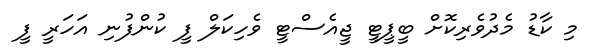
މި ކާޑު މެދުވެރިކޮށް ބީޕީޓީ ޖީއެސްޓީ ވެހިކަލް ފީ ކުންފުނި އަހަރީ ފީ